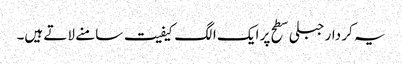
یہ کر دار جبلی سطح پر ایک الگ کیفیت سامنے لاتے ہیں۔